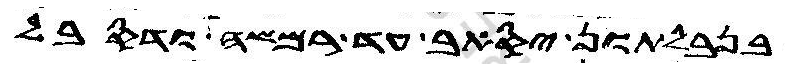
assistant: בנבלתון יסאב עד רמשה ודסבל